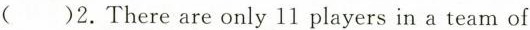
()2.There are only 11 players in a team of